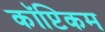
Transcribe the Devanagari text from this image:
कॉप्टिकम